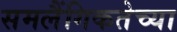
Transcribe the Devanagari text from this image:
समलैंगिकतेच्या